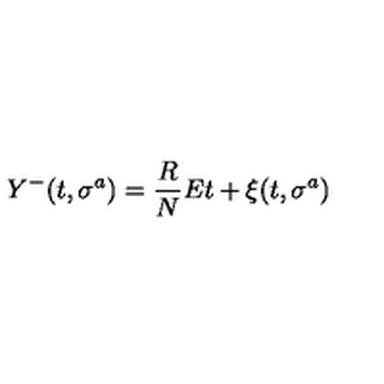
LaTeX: Y ^ { - } ( t , \sigma ^ { a } ) = { \frac { R } { N } } E t + \xi ( t , \sigma ^ { a } )